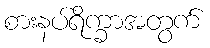
စားနပ်ရိက္ခာအတွက်